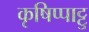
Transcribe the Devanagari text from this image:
कृषिप्पाट्टु